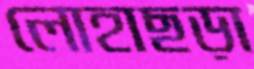
লোহাছড়া